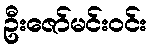
ဦးဇော်မင်းဝင်း